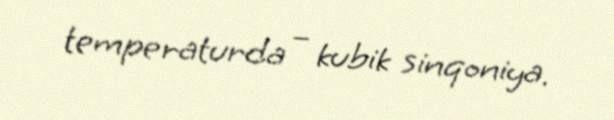
temperaturda – kubik sinqoniya.